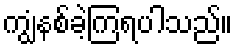
ကျွံနစ်ခဲ့ကြရပါသည်။